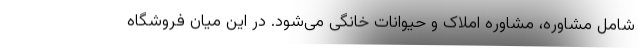
شامل مشاوره، مشاوره املاک و حیوانات خانگی می‌شود. در این میان فروشگاه